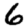
Digit: 6